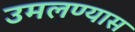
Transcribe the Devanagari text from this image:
उमलण्यास